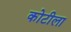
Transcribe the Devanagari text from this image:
कोटीला